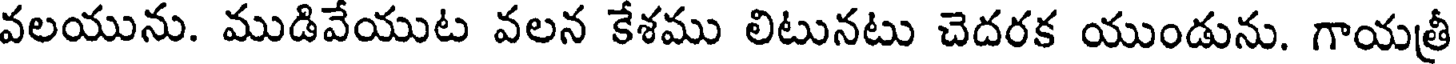
వలయును. ముడివేయుట వలన కేశము లిటునటు చెదరక యుండును. గాయత్రీ